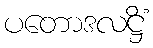
ပတောဒလဋ္ဌိံ